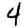
Digit: 4